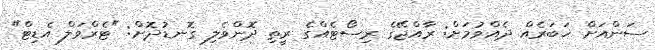
ސަންއަށް ޚަބަރެއް ދެއްވުމަށް: ރާއްޖޭގެ ރިސޯޓެއްގެ ރީތި ދޮންވެލި ގޮނޑުދޮށް: "ޓެރްވަލް އެޑިޓް"